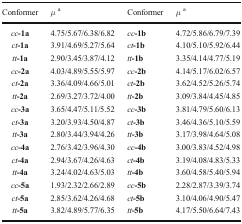
| Conformer | μa | Conformer | μa |
 | --- | --- | --- | --- |
 | cc-1a | 4.75/5.67/6.38/6.82 | cc-1b | 4.72/5.86/6.79/7.39 |
 | ct-1a | 3.91/4.69/5.27/5.64 | ct-1b | 4.10/5.10/5.92/6.44 |
 | tt-1a | 2.90/3.45/3.87/4.12 | tt-1b | 3.35/4.14/4.77/5.19 |
 | cc-2a | 4.03/4.89/5.55/5.97 | cc-2b | 4.14/5.17/6.02/6.57 |
 | ct-2a | 3.36/4.09/4.66/5.01 | ct-2b | 3.62/4.52/5.26/5.74 |
 | tt-2a | 2.69/3.27/3.72/4.00 | tt-2b | 3.09/3.84/4.45/4.85 |
 | cc-3a | 3.65/4.47/5.11/5.52 | cc-3b | 3.81/4.79/5.60/6.13 |
 | ct-3a | 3.20/3.93/4.50/4.87 | ct-3b | 3.46/4.36/5.10/5.59 |
 | tt-3a | 2.80/3.44/3.94/4.26 | tt-3b | 3.17/3.98/4.64/5.08 |
 | cc-4a | 2.76/3.42/3.96/4.30 | cc-4b | 3.00/3.83/4.52/4.98 |
 | ct-4a | 2.94/3.67/4.26/4.63 | ct-4b | 3.19/4.08/4.83/5.33 |
 | tt-4a | 3.24/4.02/4.63/5.03 | tt-4b | 3.60/4.58/5.40/5.94 |
 | cc-5a | 1.93/2.32/2.66/2.89 | cc-5b | 2.28/2.87/3.39/3.74 |
 | ct-5a | 2.85/3.62/4.26/4.68 | ct-5b | 3.10/4.06/4.90/5.47 |
 | tt-5a | 3.82/4.89/5.77/6.35 | tt-5b | 4.17/5.50/6.64/7.43 |